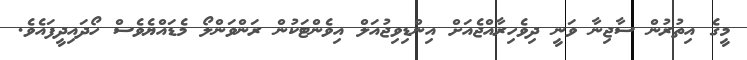
މީގެ އިތުރުން ސާޖިނާ ވަނީ ދިވެހިރާއްޖެއަށް އިންޑިވިޖުއަލް އިވެންޓަކުން ރަންވަންލޯ މެޑައްޔެވެސް ހޯދައިދީފައެވެ.